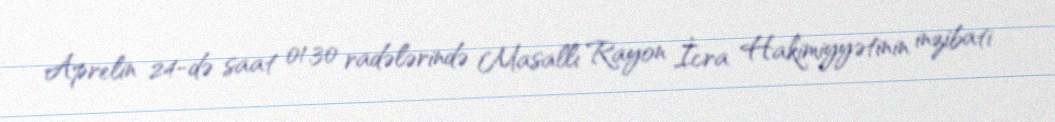
Aprelin 24-də saat 01.30 radələrində Masallı Rayon İcra Hakimiyyətinin inzibati